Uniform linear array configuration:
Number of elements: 16
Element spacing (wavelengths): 0.5
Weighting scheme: cosine
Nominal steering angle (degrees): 30
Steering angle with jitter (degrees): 30.671
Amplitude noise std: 0.05
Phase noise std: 0.05

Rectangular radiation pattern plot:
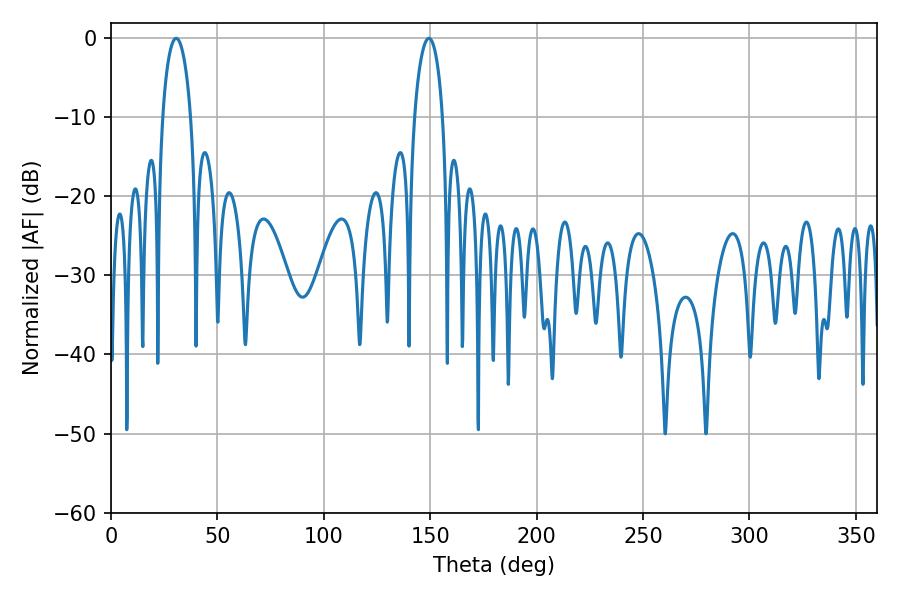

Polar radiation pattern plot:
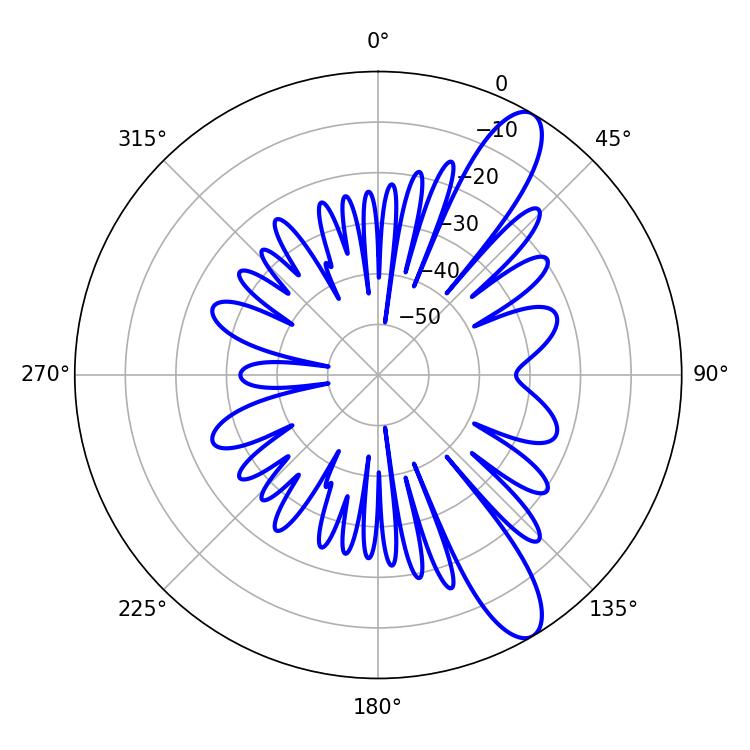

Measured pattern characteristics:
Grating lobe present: FALSE
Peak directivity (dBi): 11.283
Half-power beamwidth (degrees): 7.56
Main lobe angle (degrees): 30.6